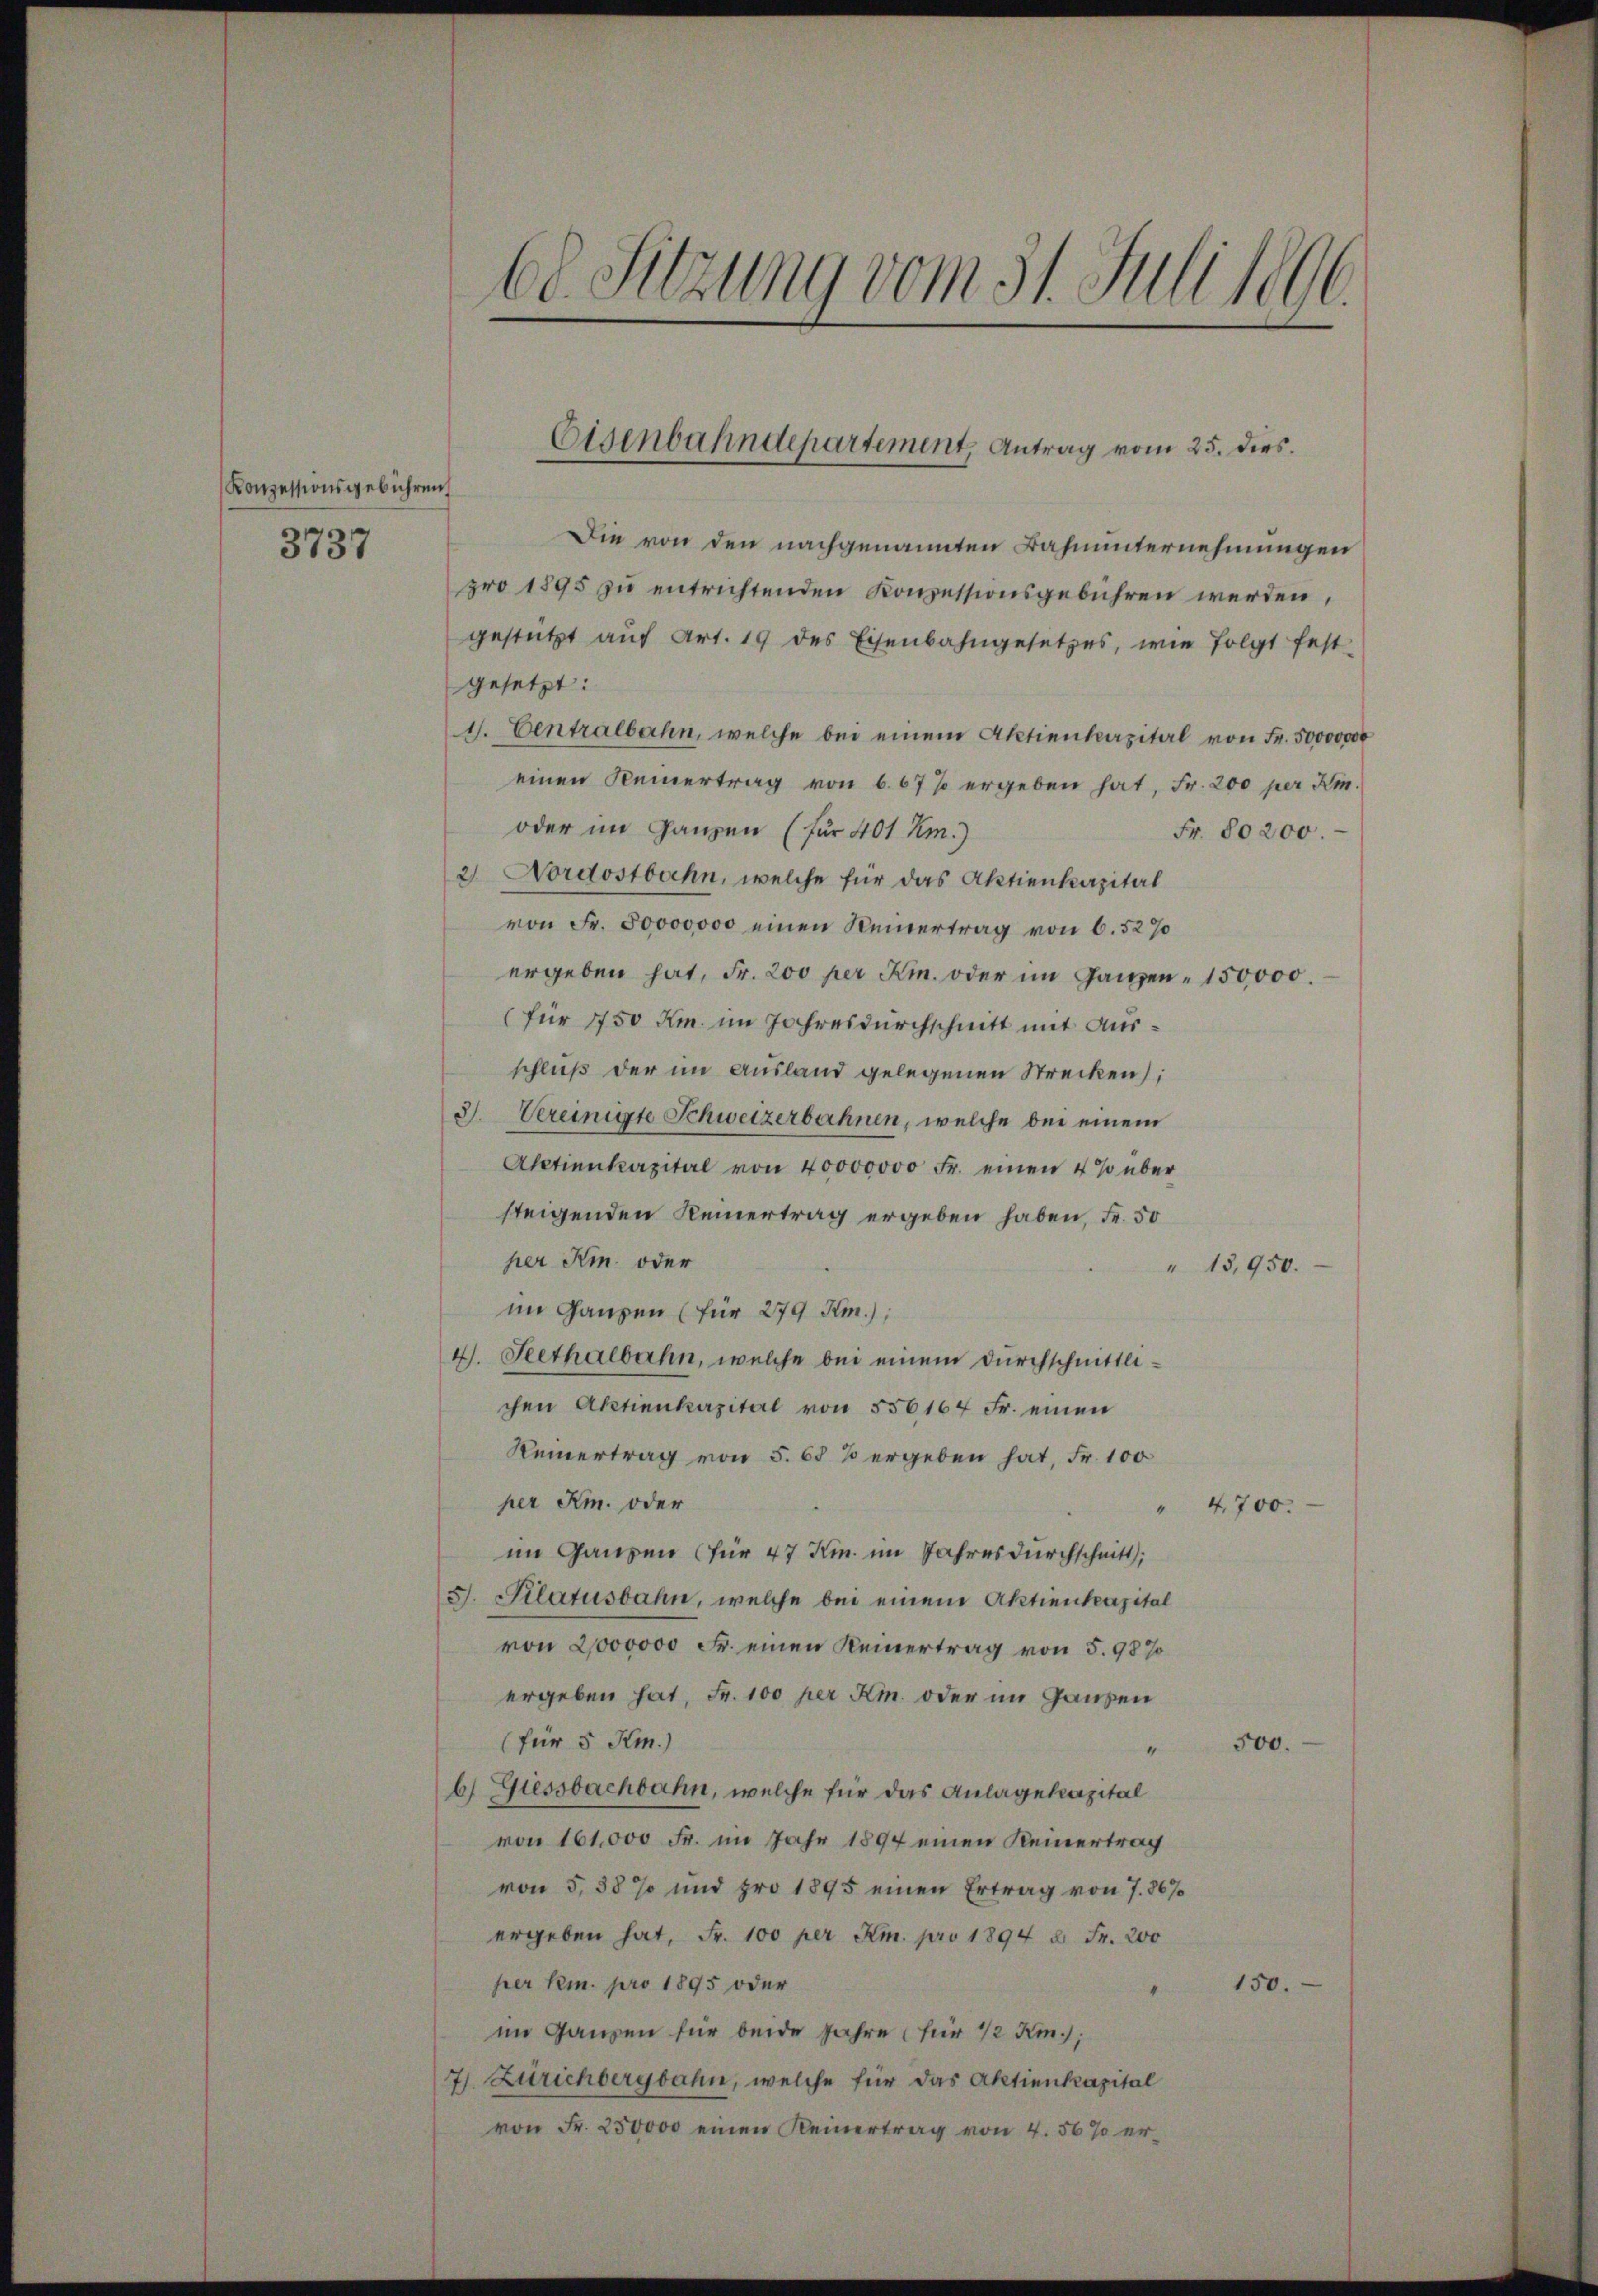
Konzessionsgebühren.
3737

Die von den nachgenannten Bahnunternehmungen
pro 1895 zu entrichtenden Konzessionsgebühren werden,
gestützt aŭf Art. 19 des Eisenbahngesetzes, wie folgt fest-
gesetzt:
1. Centralbahn, welche bei einem Aktienkapital von Fr. 50000000
einen Keinertrag von 667% ergeben hat, Fr. 200 per Am
oder im Ganzen (für 401 Km.)
Fr. 80200.
2. Nordostbahn, welche für das Aktienkapital
von Fr. 50000000 einen Reinertrag von 6. 527
ergeben hat, Fr. 200 per Kr. oder im Ganzen 150,000.
(für 1750 Km. im Jahresdurchschnitt mit Ausschluß der im Ausland gelegenen Strecken);
3. Vereinigte Schweizerbahnen, welche bei einem
Aletienkapital von 40000000 Fr. einen 4 % über
steigenden Reinertrag ergeben haben, Fr. 50
her Kin oder
" 13,950.
im Ganzen (für 279 Km.);
4. Seethalbahn, welche bei einem Durchschnittlichen Aktienkapital von 556164 Fr. einen
Reinertrag von 5. 68 % ergeben hat, Fr. 100
per Am. oder
" 4700.
im Ganzen (für 47 Km. im Jahres durchschnitt,
S. Pilatusbahn, welche bei einem Aktienkapital
von 2000000 Fr. einen Keinertrag von 5. 98 %
ergeben hat, Fr. 100 per Am. oder im Ganzen
(für 5 Km.)
500.
“
b. Giessbachbahn, welche für das Anlagekapital
von 161,000 Fr. im Jahr 1894 einen Keinertrag
von 5,38 % und pro 1895 einen Ertrag von 7. 867
ergeben hat, Fr. 100 per Am. pro 1894 u. Fr. 200
per K. pro 1895 oder
150.
“
im Ganzen für beide Jahre (für 1/2 Km.);
7) Zutrichbergbahn, welche für das Aktienkapital
von Fr. 250000 einen Keinertrag von 4. 56% er¬

68. Sitzung vom 31. Juli 1896

Eisenbahndepartement, Antrag vom 25. dies.